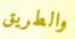
والطريق